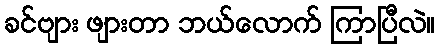
ခင်ဗျား ဖျားတာ ဘယ်လောက် ကြာပြီလဲ။